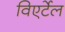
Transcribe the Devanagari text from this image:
विएर्टेल